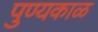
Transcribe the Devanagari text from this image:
पुण्यकाळ